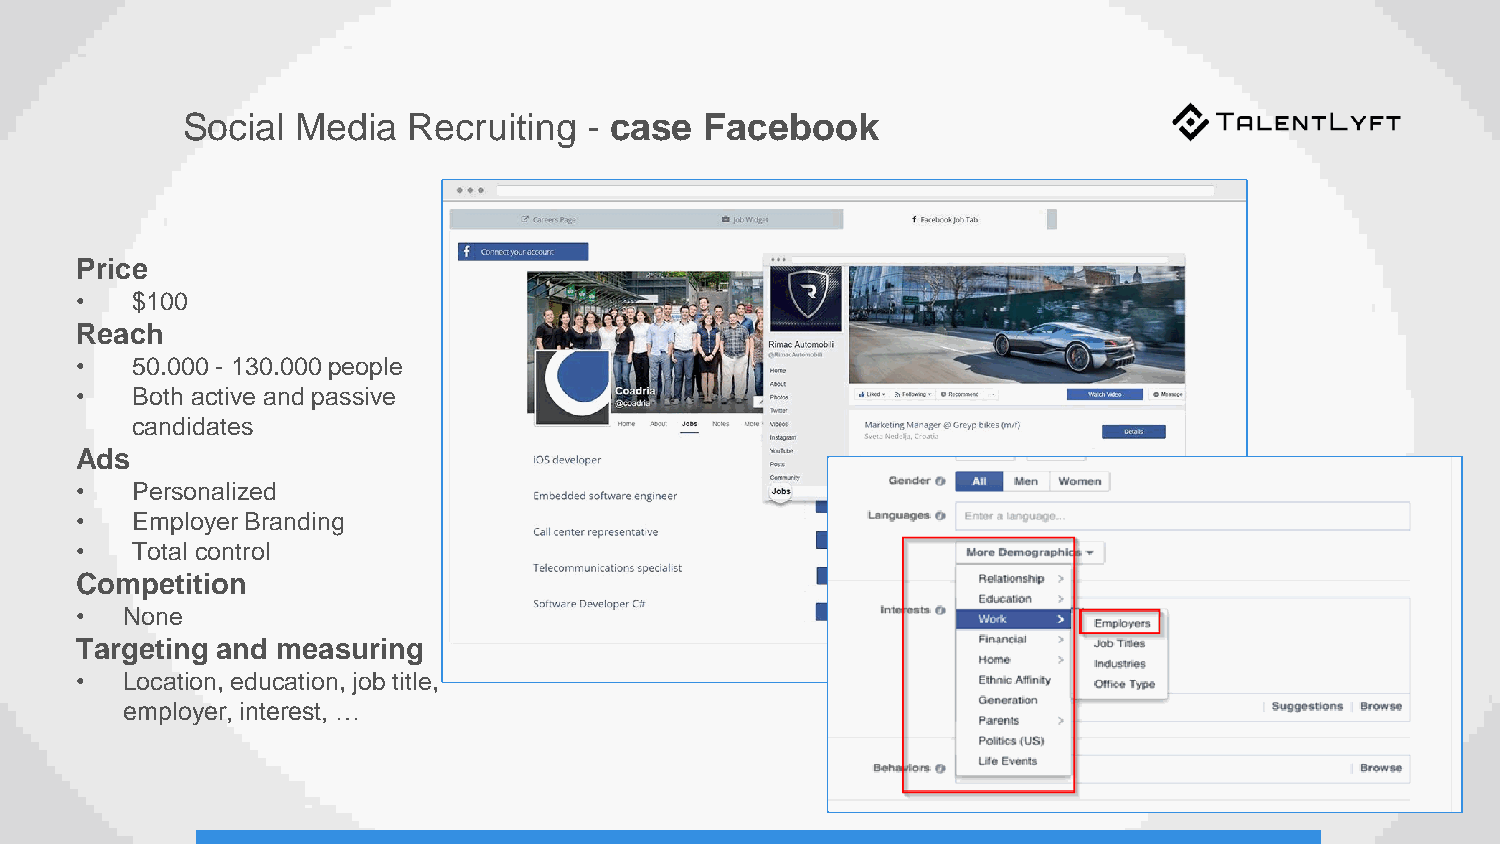
Social  Media  Recruiting  - case  Facebook
 Price
 •   $100
 Reach
 •   50.000 - 130.000people
 •   Both active and passive
 candidates
 Ads
 •   Personalized
 •   Employer Branding
 •   Total control
 Competition
 •  None
 Targeting and measuring
 •  Location, education, job title,
 employer, interest, …